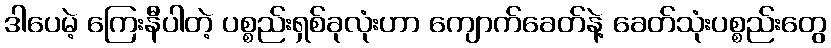
ဒါပေမဲ့ ကြေးနီပါတဲ့ ပစ္စည်းရှစ်ခုလုံးဟာ ကျောက်ခေတ်နဲ့ ခေတ်သုံးပစ္စည်းတွေ